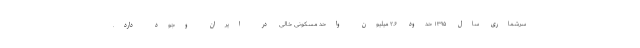
سرشماری سال ۱۳۹۵ حدود ۲.۶ میلیون واحد مسکونی خالی در ایران وجود دارد.